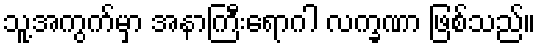
သူ့အကွက်မှာ အနာကြီးရောဂါ လက္ခဏာ ဖြစ်သည်။